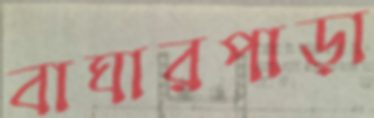
বাঘারপাড়া